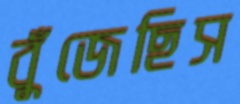
বুঁজেছিস